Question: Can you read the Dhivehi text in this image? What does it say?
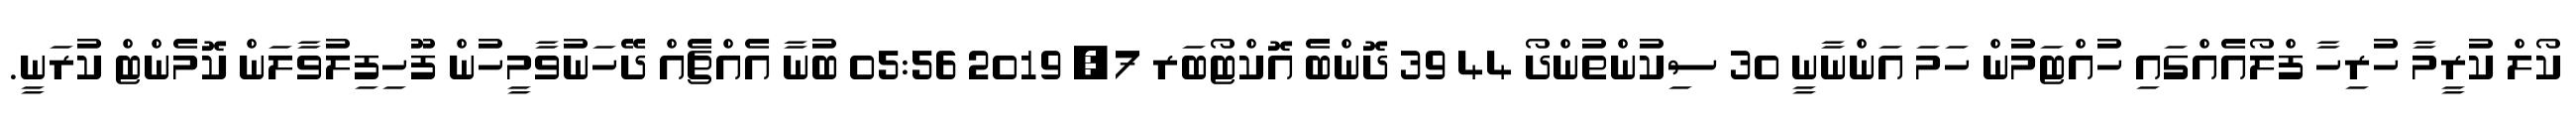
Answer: ކޯލް ކުރީމާ ހުރިހާ ފްލޯއެއްގައި ހުއްޓަމުން ހަމަ އަންނާނީ 30 ސިކުންތުންދޯ 44 39 ދޮންބެ އޮކްޓޯބަރ 7, 2019 05:56 ބުނާ އެއްޗެއް ދޭހަނުވާމީހުން ފޫހިފިލުވާލަން ކޮމެންޓް ކުރަނީ.